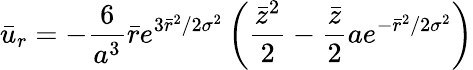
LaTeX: {\bar{u}}_{r}=-\frac{6}{a^{3}}\bar{r}e^{3\bar{r}^{2}/2{\sigma}^{2}}\left(\frac{\bar{z}^{2}}{2}-\frac{\bar{z}}{2}ae^{-\bar{r}^{2}/2{\sigma}^{2}}\right)